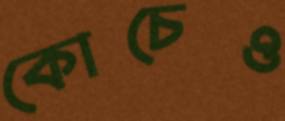
কোচেও